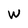
Character: W